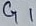
Text: G1